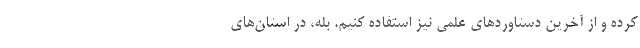
کرده و از آخرین دستاوردهای علمی نیز استفاده کنیم. بله، در استان‌‌های